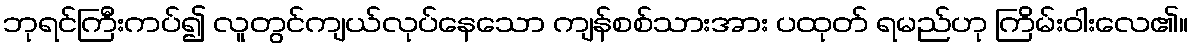
ဘုရင်ကြီးကပ်၍ လူတွင်ကျယ်လုပ်နေသော ကျန်စစ်သားအား ပထုတ် ရမည်ဟု ကြိမ်းဝါးလေ၏။